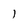
Character: 1